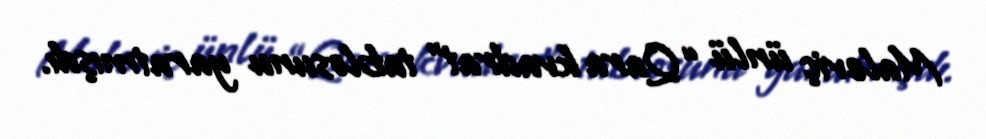
Maleviç ünlü “Qara kvadrat” tablosunu yaratmışdı.